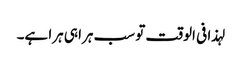
لہذا فی الوقت تو سب ہرا ہی ہرا ہے۔